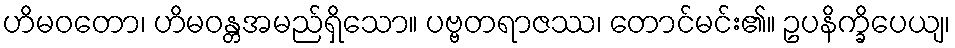
ဟိမဝတော၊ ဟိမဝန္တအမည်ရှိသော။ ပဗ္ဗတရာဇဿ၊ တောင်မင်း၏။ ဥပနိက္ခိပေယျ၊